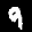
Label: 9